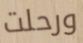
ورحلت